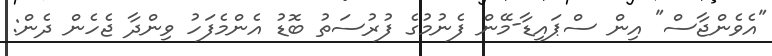
"އެވެންޖާސް" އިން ސްޕައިޑާ-މޭން ފެނުމުގެ ފުރުސަތު ބޮޑު އެންމެފަހު ވިންދާ ޖެހެން ދެން: